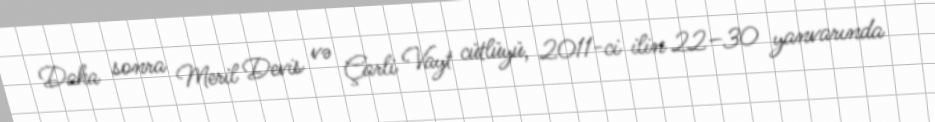
Daha sonra Meril Devis və Çarli Vayt cütlüyü, 2011-ci ilin 22–30 yanvarında